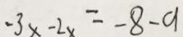
- 3 x - 2 x = - 8 - a